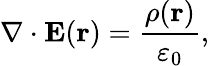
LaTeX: \nabla\cdot\mathbf{E}(\mathbf{r})={\frac{\rho(\mathbf{r})}{\varepsilon_{0}}},